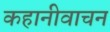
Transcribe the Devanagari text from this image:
कहानीवाचन